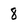
Character: 8